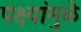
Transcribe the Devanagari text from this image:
पक्ष्यांमुळे